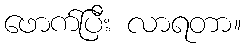
ဖောက်ပြီး လာရတာ။